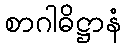
စာဂါဓိဋ္ဌာနံ